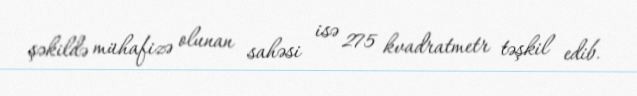
şəkildə mühafizə olunan sahəsi isə 275 kvadratmetr təşkil edib.